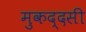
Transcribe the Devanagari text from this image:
मुकद्दसी